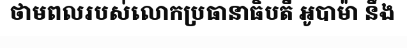
ថាមពលរបស់លោកប្រធានាធិបតី អូបាម៉ា នឹង